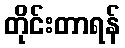
တိုင်းတာရန်